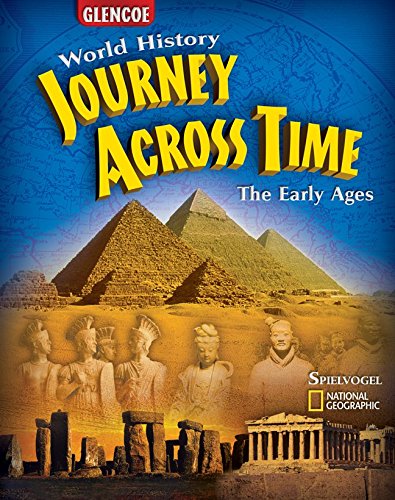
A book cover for Journey Across Time, Early Ages, Student Edition (MS WH JAT FULL SURVEY); McGraw-Hill Education; Teen & Young Adult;